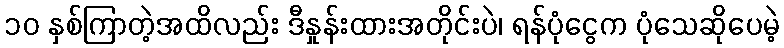
၁၀ နှစ်ကြာတဲ့အထိလည်း ဒီနှုန်းထားအတိုင်းပဲ၊ ရန်ပုံငွေက ပုံသေဆိုပေမဲ့